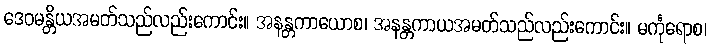
ဒေဝမန္တိယအမတ်သည်လည်းကောင်း။ အနန္တကာယောစ၊ အနန္တကာယအမတ်သည်လည်းကောင်း။ မင်္ကုရောစ၊